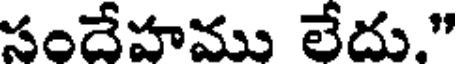
సందేహము లేదు."